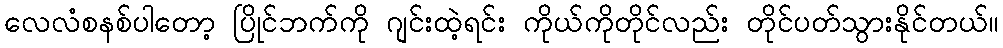
လေလံစနစ်ပါတော့ ပြိုင်ဘက်ကို ဂျင်းထဲ့ရင်း ကိုယ်ကိုတိုင်လည်း တိုင်ပတ်သွားနိုင်တယ်။